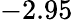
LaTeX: -2.95